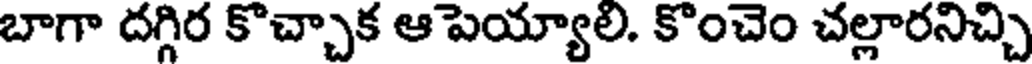
బాగా దగ్గిర కొచ్చాక ఆ పెయ్యాలి. కొంచెం చల్లారనిచ్చి